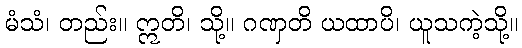
မံသံ၊ တည်း။ ဣတိ၊ သို့။ ဂဏှတိ ယထာပိ၊ ယူသကဲ့သို့။